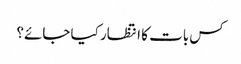
کس بات کا انتظار کیا جائے؟